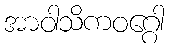
အာဝါသိကဝဂ္ဂေါ